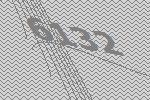
6132